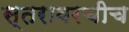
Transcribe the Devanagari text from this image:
स्तरावरचीच